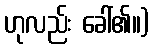
ဟုလည်း ခေါ်၏။)